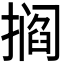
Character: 𫾁